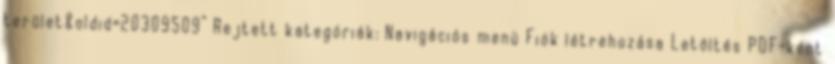
terület&oldid=20309509” Rejtett kategóriák: Navigációs menü Fiók létrehozása Letöltés PDF-ként